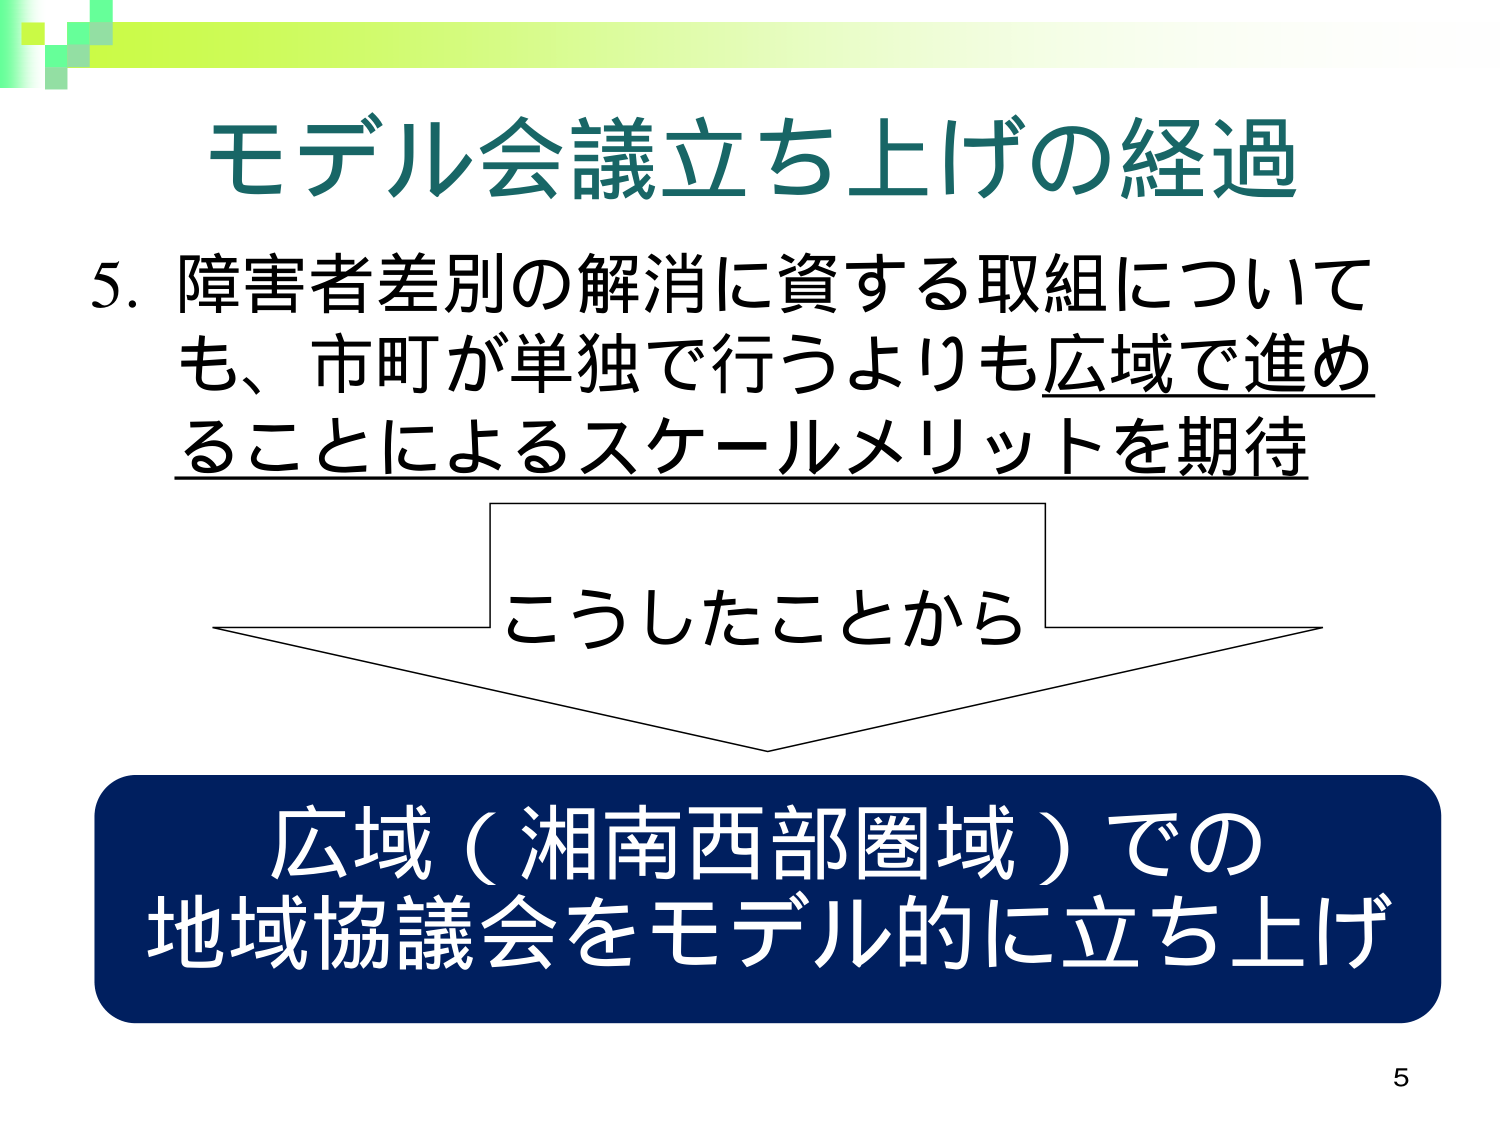
モデル会議立ち上げの経過
5. 障害者差別の解消に資する取組について
も、市町が単独で行うよりも広域で進める
ことによるスケールメリットを期待
こうしたことから
広域（湘南西部圏域）での
地域協議会をモデル的に立ち上げ
5